Annual report on the working of the lock hospitals in the North-Western Provinces and Oudh
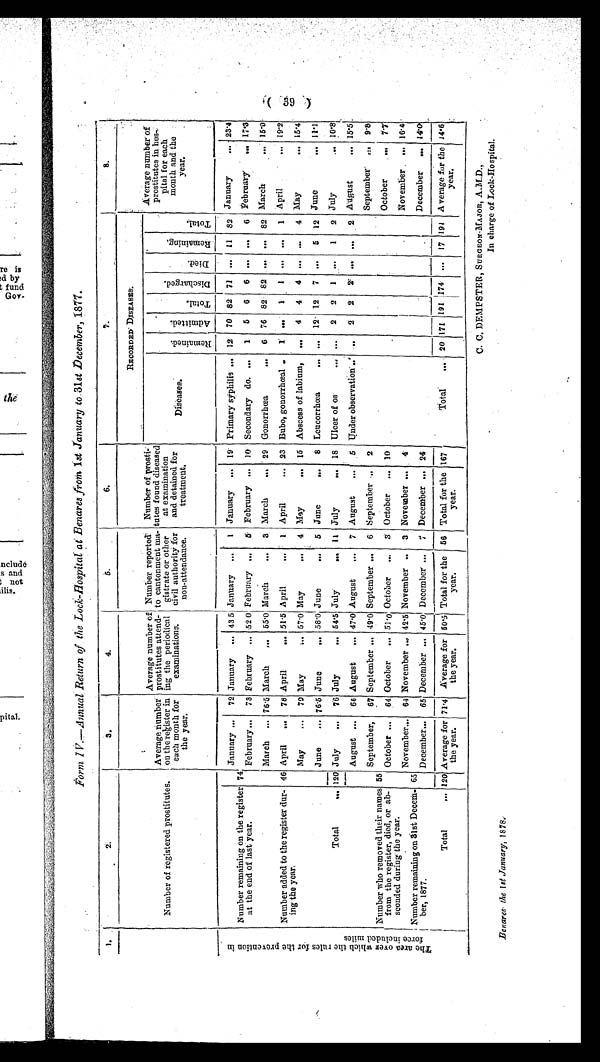
Form IV.—Annual. Return of the Lock-Hospital at Benares from 1st January to 31st December, 1877.
1 .
2 .
3.
4.
5.
6.
7 .
8.
Number of registered prostitutes.
Average number
on the register in
each month for
the year.
Average number of
prostitutes attend
ing the periodical
examinations.
Number reported
to cantonment ma
gistrate or other
civil authority for
non-attendance.
Number of prosti
tutes found diseased
at examination
and detained for
treatment.
RECORDED- DI S EAS ES .
Average number of
prostitutes in hos
pital for each
month and the
year.
Diseases.
R e m a i n e d .
Admi t t ed.
To t a l .
Di s c ha r ge d.
Di ed.
R e m a i n i n g .
Total.
T h e a r e a o v e r w h i c h t h e r u l e s f o r t h e p r e v e n t i o n i n f o r c e i n c l u d e d m i l e s .
January ...
72 January ... 43 5 January ...
1 January
...
19 Primary syphilis ... 12 70 82 71 ... 11 82 January
... 23.4
Number remaining on the register
at the end of last year.
74
February ...
73 February ... 52 0 February ...
5 February ... 10 Secondary do. ...
1
5
6
6
...
. . .
6 February
... 17·3
March
... 76·5 March
...
55·0 March
...
3 March
... 29 Gonorrhœa
...
6
76 82
82
...
...
82 March ... 15·0
Number added to the register dur
ing the year.
46 April
...
78 April
... 51 .5 April
...
1 April
... 23 Bubo, gonorrhœal...
1
. . .
1
1
. . .
. .
1
April
... 19·2
May
...
70 May
... 57·0 May
...
4 May
...
15 Abscess of labium...
. . .
4
4
4
. . .
...
4 May ... 15·4
June
... 76·5 June
... 58 .0 June
...
5 June
...
8 Leucorrhœa
... ...
12 12
7
...
5
12 June
... 11·1
Total
... 120 July
...
76 July
... 54·5 July
...
11
July
...
18 Ulcer of os
. . . 2
2
1
...
1
2 July
... 10·8
August ...
66 August
... 47·0 August
...
7 August
...
5 Under observation...
. . .
2
2
2
...
...
2 August
... 15·5
September...
67 September ... 49·0 September ...
6 September ... 2
September ... 9.8
Number who removed their names
from the register, died, or ab
sconded during- the year.
55
October ...
64 October
... 51·0 October
...
5 October
... 10
October
...
7 · 7
November... 64 November ... 42·5 November ... 3 November ...
4
November. ... 16·6
Number remaining on 31st Dece
m ber, 1877.
65
December... 65 December ... 45·0 December ...
7 December ... 24
December ... 14·0
Total... 120 Average for
the year.
71·4 Average for
the year.
50·5 Total for the
year.
56 Total for the
year.
167
Total
.... 20
1 7 1
191 174
...
17 191 Average for the
year.
14·6
C. C. DEMPSTER, SURGEON-MAJOR, A.M.D.,
In charge of Lock-Hospital.
Benares the 1st January, 1878.